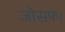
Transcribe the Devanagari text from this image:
जोसफ।